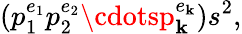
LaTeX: \left(p_{1}^{e_{1}}p_{2}^{e_{2}}\cdotsp_{\mathbf{k}}^{e_{\mathbf{k}}}\right)s^{2},